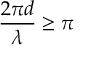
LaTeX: { \frac { 2 \pi d } { \lambda } } \geq \pi